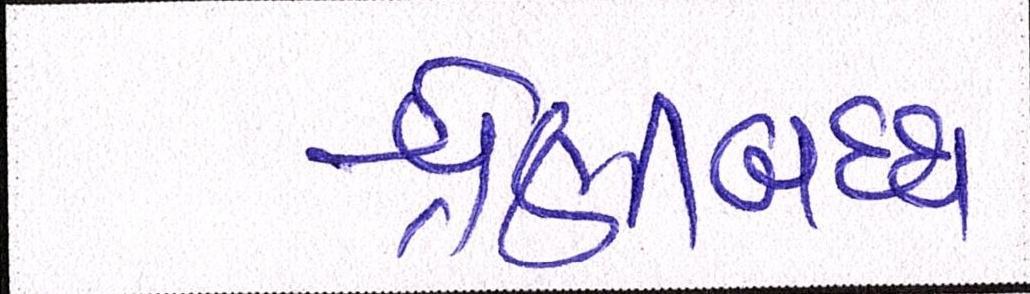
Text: શ્રેણીબધ્ધ